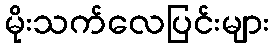
မိုးသက်လေပြင်းများ